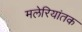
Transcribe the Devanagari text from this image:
मलेरियांतक